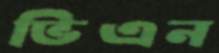
ভিএন